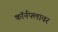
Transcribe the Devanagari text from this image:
कॉर्नफ्लावर